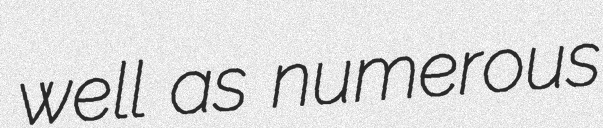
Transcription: well as numerous